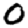
Digit: 0